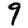
Digit: 9